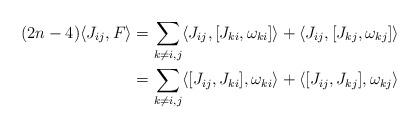
LaTeX: \begin{align*}(2n-4) \langle J_{ij}, F\rangle&=\sum_{k\neq i,j}\langle J_{ij} , [J_{ki},\omega_{ki}] \rangle+\langle J_{ij} , [J_{kj},\omega_{kj}] \rangle \\&=\sum_{k\neq i,j}\langle [J_{ij} , J_{ki} ] ,\omega_{ki} \rangle+\langle [J_{ij} , J_{kj} ],\omega_{kj} \rangle\end{align*}